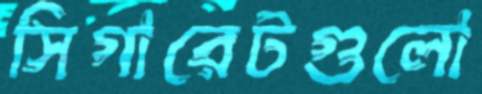
সিগারেটগুলো